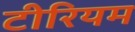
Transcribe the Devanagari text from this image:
टीरियम